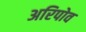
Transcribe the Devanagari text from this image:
अरिपोव